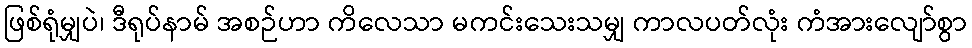
ဖြစ်ရုံမျှပဲ၊ ဒီရုပ်နာမ် အစဉ်ဟာ ကိလေသာ မကင်းသေးသမျှ ကာလပတ်လုံး ကံအားလျော်စွာ